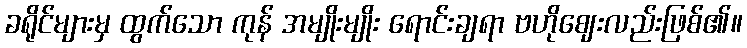
ခရိုင်များမှ ထွက်သော ကုန် အမျိုးမျိုး ရောင်းချရာ ဗဟိုဈေးလည်းဖြစ်၏။